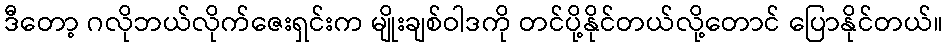
ဒီတော့ ဂလိုဘယ်လိုက်ဇေးရှင်းက မျိုးချစ်ဝါဒကို တင်ပို့နိုင်တယ်လို့တောင် ပြောနိုင်တယ်။